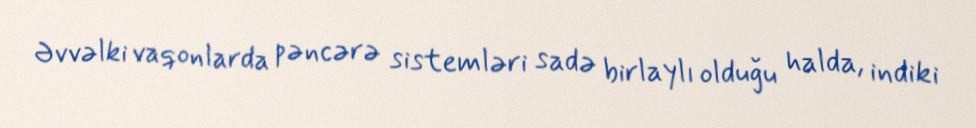
Əvvəlki vaqonlarda pəncərə sistemləri sadə birlaylı olduğu halda, indiki